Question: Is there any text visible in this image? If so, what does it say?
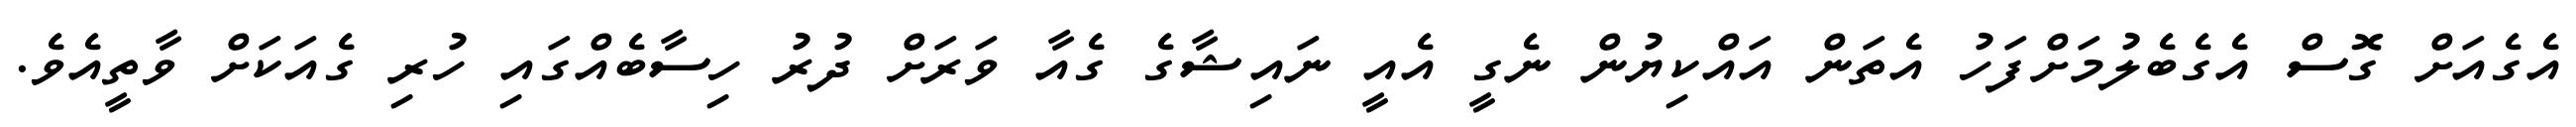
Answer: އެގެއަށް ގޮސް އެގެބެލުމަށްފަހު އެތަން އައްކިޔުން ނެގީ އެއީ ނައިޝާގެ ގެއާ ވަރަށް ދުރު ހިސާބެއްގައި ހުރި ގެއަކަށް ވާތީއެވެ.